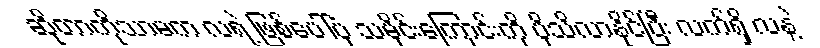
ဆိုတာကိုသာမက လရဲ့ ဖြစ်ပေါ်ပုံ သမိုင်းကြောင်းကို ပိုသိလာနိုင်ပြီး လက်ရှိ လနဲ့